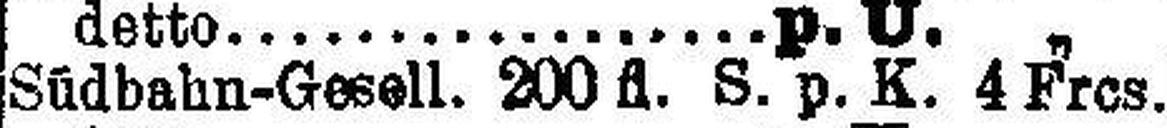
Südbahn-Gesell. 200 fl. S. p. K. 4 Frcs.